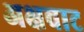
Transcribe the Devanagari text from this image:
अक्षवाट